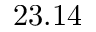
2 3 . 1 4